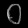
Digit: ၀